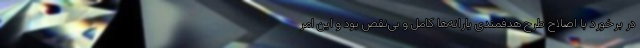
در برخورد با اصلاح طرح هدفمندی یارانه‌ها کامل و بی‌نقص بود و این امر